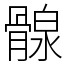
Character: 𩩺